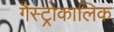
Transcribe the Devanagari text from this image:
गैस्ट्रोकालिक